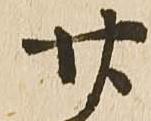
廿